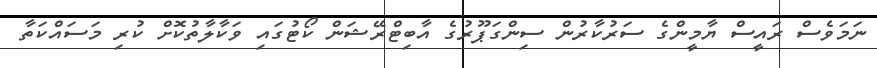
ނަމަވެސް ރައީސް ޔާމީންގެ ސަރުކާރުން ސިންގަޕޫރުގެ އާބިޓްރޭޝަން ކޯޓުގައި ވަކާލާތުކޮށް ކުރި މަސައްކަތާ